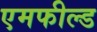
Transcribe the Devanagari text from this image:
एमफील्ड